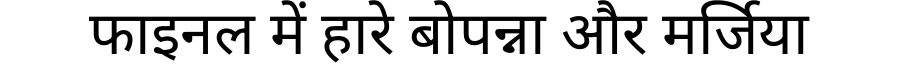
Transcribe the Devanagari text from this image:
फाइनल में हारे बोपन्ना और मर्जिया